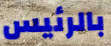
بالرئيس